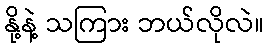
နို့နဲ့ သကြား ဘယ်လိုလဲ။